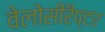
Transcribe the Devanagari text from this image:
वेलोसीरैप्टर